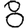
Digit: 8